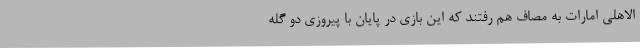
الاهلی امارات به مصاف هم رفتند که این بازی در پایان با پیروزی دو گله